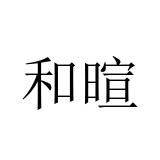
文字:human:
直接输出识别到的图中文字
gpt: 和暄